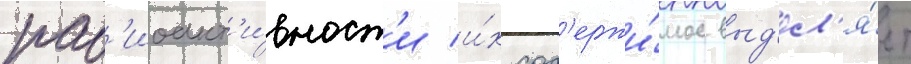
рад'иоакт'и́вност'и и́х сод'ержи́мое выд'ел'я́ет